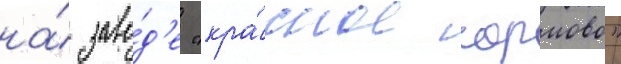
на́ заво́д'е "кра́сное сормово"